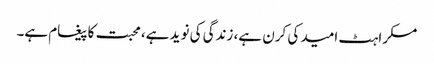
مسکراہٹ امید کی کرن ہے، زندگی کی نوید ہے، محبت کا پیغام ہے۔